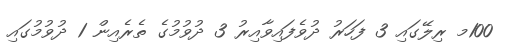
100މ ރިލޭގައި 3 ފަހަރު ދުވެފައިވާއިރު 3 ދުވުމުގެ ތެރެއިން 1 ދުވުމުގައި